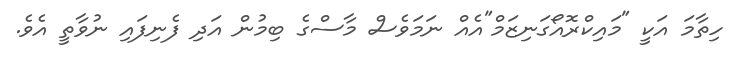
ހިތާމަ އަކީ "މައިކްރޮއޯގަނިޒަމް"އެއް ނަމަވެސް މާސްގެ ބިމުން އަދި ފެނިފައި ނުވާތީ އެވެ.